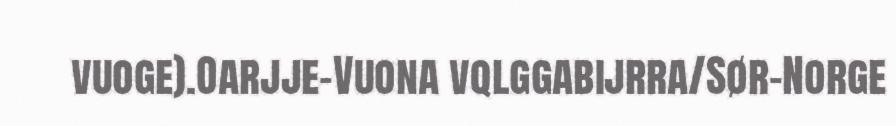
vuoge).Oarjje-Vuona vqlggabijrra/Sør-Norge